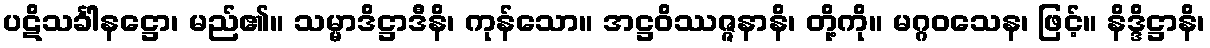
ပဋိသင်္ခါနဋ္ဌော၊ မည်၏။ သမ္မာဒိဋ္ဌာဒီနိ၊ ကုန်သော။ အဋ္ဌဝိဿဇ္ဇနာနိ၊ တို့ကို။ မဂ္ဂဝသေန၊ ဖြင့်။ နိဒ္ဒိဋ္ဌာနိ၊